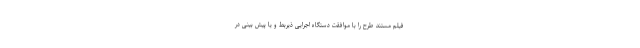
فیلم مستند طرح را با موافقت دستگاه اجرایی ذیربط و یا پیش بینی در